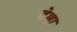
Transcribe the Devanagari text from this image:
देणा